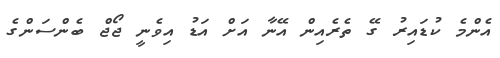
އެންމެ ކުޑައިރު ގޭ ތެރެއިން އޭނާ އަށް އަޑު އިވެނީ ޖޯޖް ބެންސަންގެ